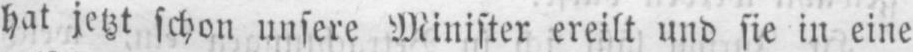
hat jetzt schon unsere Minister ereilt und sie in eine